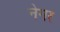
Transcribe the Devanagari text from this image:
नेगर